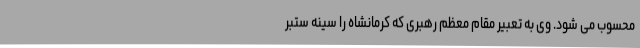
محسوب می شود. وی به تعبیر مقام معظم رهبری که کرمانشاه را سینه ستبر